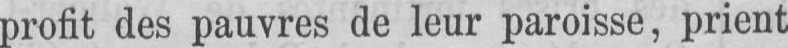
profit des pauvres de leur paroisse, prient